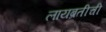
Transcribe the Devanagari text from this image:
लायब्रतीची